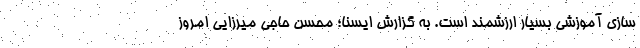
سازی آموزشی بسیار ارزشمند است. به گزارش ایسنا؛ محسن حاجی میرزایی امروز